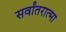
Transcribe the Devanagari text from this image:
सर्वांतरात्मा